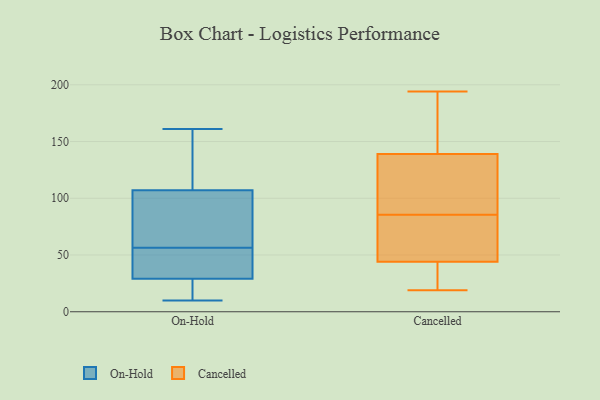
{"axis": {"x": "Net Income (USD K)", "y": "Value"}, "legend": ["Cancelled", "On-Hold"], "data": [{"x": "", "y": 47, "type": "On-Hold"}, {"x": "", "y": 46, "type": "On-Hold"}, {"x": "", "y": 160, "type": "On-Hold"}, {"x": "", "y": 46, "type": "On-Hold"}, {"x": "", "y": 161, "type": "On-Hold"}, {"x": "", "y": 29, "type": "On-Hold"}, {"x": "", "y": 160, "type": "On-Hold"}, {"x": "", "y": 16, "type": "On-Hold"}, {"x": "", "y": 88, "type": "On-Hold"}, {"x": "", "y": 44, "type": "On-Hold"}, {"x": "", "y": 80, "type": "On-Hold"}, {"x": "", "y": 66, "type": "On-Hold"}, {"x": "", "y": 14, "type": "On-Hold"}, {"x": "", "y": 10, "type": "On-Hold"}, {"x": "", "y": 100, "type": "On-Hold"}, {"x": "", "y": 131, "type": "On-Hold"}, {"x": "", "y": 107, "type": "On-Hold"}, {"x": "", "y": 25, "type": "On-Hold"}, {"x": "", "y": 95, "type": "Cancelled"}, {"x": "", "y": 103, "type": "Cancelled"}, {"x": "", "y": 40, "type": "Cancelled"}, {"x": "", "y": 133, "type": "Cancelled"}, {"x": "", "y": 94, "type": "Cancelled"}, {"x": "", "y": 77, "type": "Cancelled"}, {"x": "", "y": 52, "type": "Cancelled"}, {"x": "", "y": 122, "type": "Cancelled"}, {"x": "", "y": 56, "type": "Cancelled"}, {"x": "", "y": 156, "type": "Cancelled"}, {"x": "", "y": 46, "type": "Cancelled"}, {"x": "", "y": 185, "type": "Cancelled"}, {"x": "", "y": 194, "type": "Cancelled"}, {"x": "", "y": 64, "type": "Cancelled"}, {"x": "", "y": 32, "type": "Cancelled"}, {"x": "", "y": 145, "type": "Cancelled"}, {"x": "", "y": 42, "type": "Cancelled"}, {"x": "", "y": 152, "type": "Cancelled"}, {"x": "", "y": 19, "type": "Cancelled"}, {"x": "", "y": 29, "type": "Cancelled"}]}